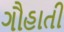
ગૌહાતી